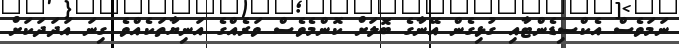
ނަމަވެސް އެކްސިޑެންޓާއި ގުޅިގެން އޭނާގެ ބޮލަށް ކޮންމެވެސް ވަރެއްގެ އަނިޔާތަކެއްވެ ގިނަ އަދަދަކަށް